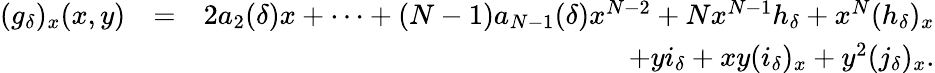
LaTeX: \begin{array}{rlr}{(g_{\delta})_{x}(x,y)}&{=}&{2a_{2}(\delta)x+\cdots+(N-1)a_{N-1}(\delta)x^{N-2}+Nx^{N-1}h_{\delta}+x^{N}(h_{\delta})_{x}}\\ &{}&{+yi_{\delta}+xy(i_{\delta})_{x}+y^{2}(j_{\delta})_{x}.}\end{array}